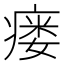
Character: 瘘